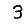
Digit: 3